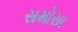
સમોસા